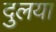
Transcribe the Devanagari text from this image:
दुलया